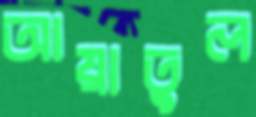
আয়াতুল